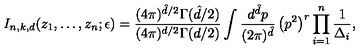
I _ { n , k , d } ( z _ { 1 } , \dots , z _ { n } ; \epsilon ) = \frac { ( 4 \pi ) ^ { \hat { d } / 2 } \Gamma ( \hat { d } / 2 ) } { ( 4 \pi ) ^ { d / 2 } \Gamma ( d / 2 ) } \int \frac { d ^ { \hat { d } } p } { ( 2 \pi ) ^ { \hat { d } } } \left( p ^ { 2 } \right) ^ { r } \prod _ { i = 1 } ^ { n } \frac { 1 } { \Delta _ { i } } ,